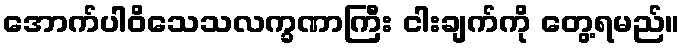
အောက်ပါဝိသေသလက္ခဏာကြီး ငါးချက်ကို တွေ့ရမည်။